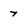
Character: 7